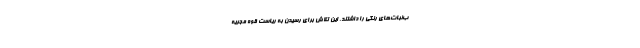
ب‌نبات‌های رنگی را داشتند. این تلاش برای رسیدن به ریاست قوه مجریه